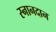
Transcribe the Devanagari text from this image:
स्नानदान